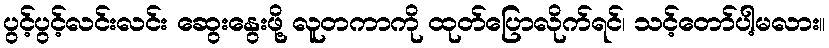
ပွင့်ပွင့်လင်းလင်း ဆွေးနွေးဖို့ လူတကာကို ထုတ်ပြောလိုက်ရင်၊ သင့်တော်ပါ့မလား။